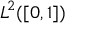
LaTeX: L ^ { 2 } ( [ 0 , 1 ] )